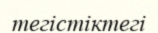
тегістіктегі